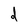
Character: d